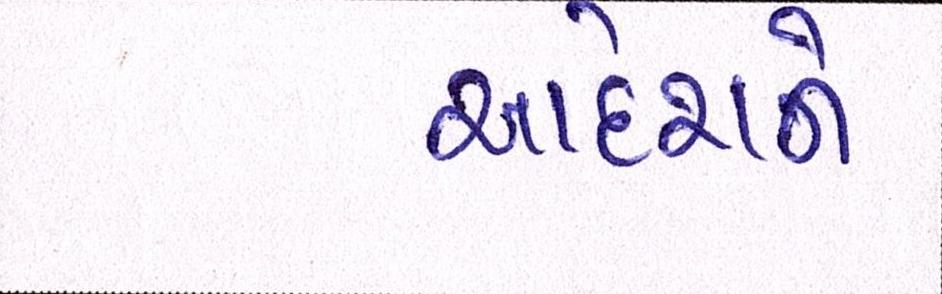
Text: આદેશને